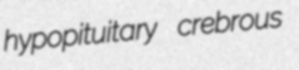
hypopituitary crebrous